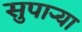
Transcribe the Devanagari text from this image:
सुपार्‍या